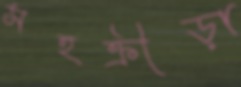
সহক্রীড়া